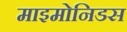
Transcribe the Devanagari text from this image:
माइमोनिडस